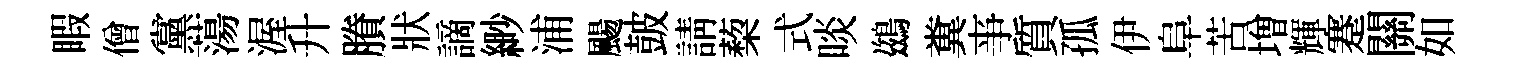
睱僧黨蕩渥升賸狀謫緲浦颺皷請蔾式啖鷀糞亊質孤伊阜苦増輝蹇關如